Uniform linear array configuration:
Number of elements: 8
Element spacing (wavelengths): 0.75
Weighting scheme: kaiser
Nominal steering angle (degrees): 60
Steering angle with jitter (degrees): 58.905
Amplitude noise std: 0.05
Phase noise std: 0.05

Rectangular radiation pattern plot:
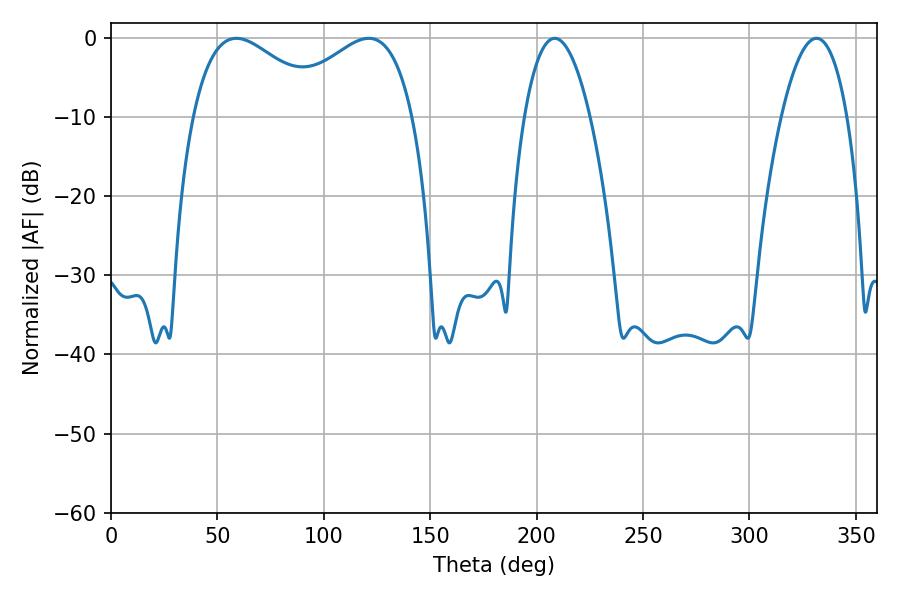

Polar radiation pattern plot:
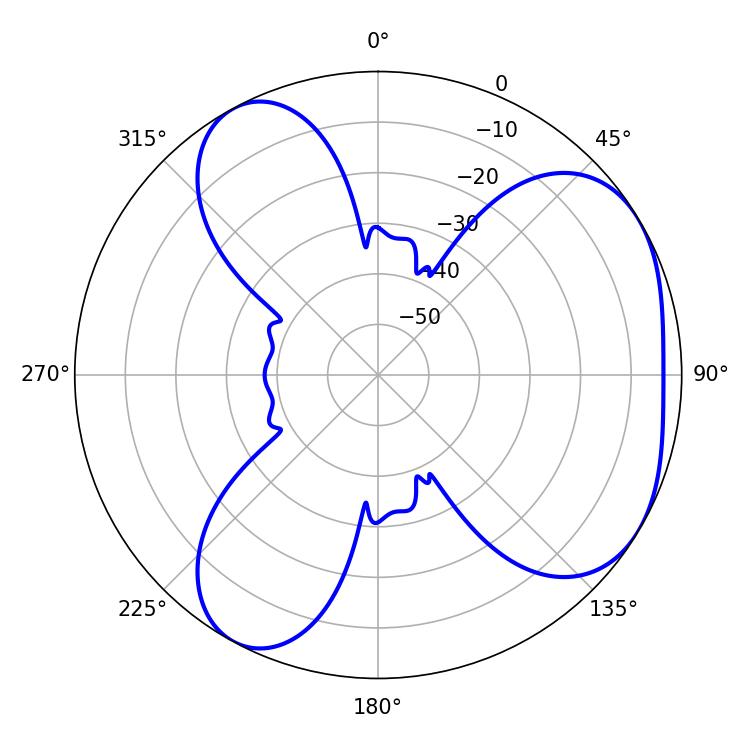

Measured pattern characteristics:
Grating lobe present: TRUE
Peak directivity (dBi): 4.419
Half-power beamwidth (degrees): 34.56
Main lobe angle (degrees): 58.86